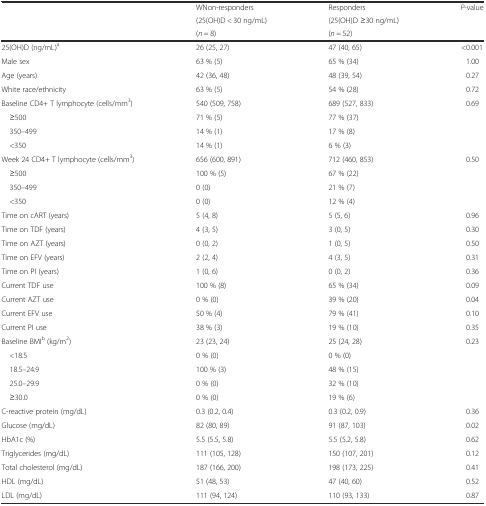
<table><thead><tr><td rowspan="2"></td><td><b>WNon-responders</b></td><td><b>Responders</b></td><td rowspan="2"><b><i>P</i>-value</b></td></tr><tr><td><b>(25(OH)D &lt; 30 ng/mL)</b></td><td><b>(25(OH)D ≥30 ng/mL)</b></td></tr><tr><td></td><td><b>(<i>n</i> = 8)</b></td><td><b>(<i>n</i> = 52)</b></td><td></td></tr></thead><tbody><tr><td>25(OH)D (ng/mL)<sup>a</sup></td><td>26 (25, 27)</td><td>47 (40, 65)</td><td>&lt;0.001</td></tr><tr><td>Male sex</td><td>63 % (5)</td><td>65 % (34)</td><td>1.00</td></tr><tr><td>Age (years)</td><td>42 (36, 48)</td><td>48 (39, 54)</td><td>0.27</td></tr><tr><td>White race/ethnicity</td><td>63 % (5)</td><td>54 % (28)</td><td>0.72</td></tr><tr><td>Baseline CD4+ T lymphocyte (cells/mm<sup>3</sup>)</td><td>540 (509, 758)</td><td>689 (527, 833)</td><td>0.69</td></tr><tr><td> ≥500</td><td>71 % (5)</td><td>77 % (37)</td><td></td></tr><tr><td> 350–499</td><td>14 % (1)</td><td>17 % (8)</td><td></td></tr><tr><td> &lt;350</td><td>14 % (1)</td><td>6 % (3)</td><td></td></tr><tr><td>Week 24 CD4+ T lymphocyte (cells/mm<sup>3</sup>)</td><td>656 (600, 891)</td><td>712 (460, 853)</td><td>0.50</td></tr><tr><td> ≥500</td><td>100 % (5)</td><td>67 % (22)</td><td></td></tr><tr><td> 350–499</td><td>0 (0)</td><td>21 % (7)</td><td></td></tr><tr><td> &lt;350</td><td>0 (0)</td><td>12 % (4)</td><td></td></tr><tr><td>Time on cART (years)</td><td>5 (4, 8)</td><td>5 (5, 6)</td><td>0.96</td></tr><tr><td>Time on TDF (years)</td><td>4 (3, 5)</td><td>3 (0, 5)</td><td>0.30</td></tr><tr><td>Time on AZT (years)</td><td>0 (0, 2)</td><td>1 (0, 5)</td><td>0.50</td></tr><tr><td>Time on EFV (years)</td><td>2 (2, 4)</td><td>4 (3, 5)</td><td>0.31</td></tr><tr><td>Time on PI (years)</td><td>1 (0, 6)</td><td>0 (0, 2)</td><td>0.36</td></tr><tr><td>Current TDF use</td><td>100 % (8)</td><td>65 % (34)</td><td>0.09</td></tr><tr><td>Current AZT use</td><td>0 % (0)</td><td>39 % (20)</td><td>0.04</td></tr><tr><td>Current EFV use</td><td>50 % (4)</td><td>79 % (41)</td><td>0.10</td></tr><tr><td>Current PI use</td><td>38 % (3)</td><td>19 % (10)</td><td>0.35</td></tr><tr><td>Baseline BMI<sup>b</sup> (kg/m<sup>2</sup>)</td><td>23 (23, 24)</td><td>25 (24, 28)</td><td>0.23</td></tr><tr><td> &lt;18.5</td><td>0 % (0)</td><td>0 % (0)</td><td></td></tr><tr><td> 18.5–24.9</td><td>100 % (3)</td><td>48 % (15)</td><td></td></tr><tr><td> 25.0–29.9</td><td>0 % (0)</td><td>32 % (10)</td><td></td></tr><tr><td> ≥30.0</td><td>0 % (0)</td><td>19 % (6)</td><td></td></tr><tr><td>C-reactive protein (mg/dL)</td><td>0.3 (0.2, 0.4)</td><td>0.3 (0.2, 0.9)</td><td>0.36</td></tr><tr><td>Glucose (mg/dL)</td><td>82 (80, 89)</td><td>91 (87, 103)</td><td>0.02</td></tr><tr><td>HbA1c (%)</td><td>5.5 (5.5, 5.8)</td><td>5.5 (5.2, 5.8)</td><td>0.62</td></tr><tr><td>Triglycerides (mg/dL)</td><td>111 (105, 128)</td><td>150 (107, 201)</td><td>0.12</td></tr><tr><td>Total cholesterol (mg/dL)</td><td>187 (166, 200)</td><td>198 (173, 225)</td><td>0.41</td></tr><tr><td>HDL (mg/dL)</td><td>51 (48, 53)</td><td>47 (40, 60)</td><td>0.52</td></tr><tr><td>LDL (mg/dL)</td><td>111 (94, 124)</td><td>110 (93, 133)</td><td>0.87</td></tr></tbody></table>